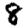
Digit: 8